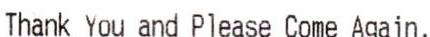
THANK YOU AND PLEASE COME AGAIN.